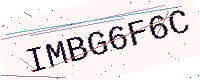
Text: IMBG6F6C